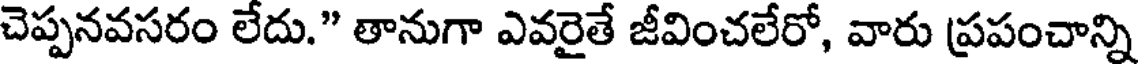
చెప్పనవసరం లేదు." తానుగా ఎవరైతే జీవించలేరో, వారు ప్రపంచాన్ని